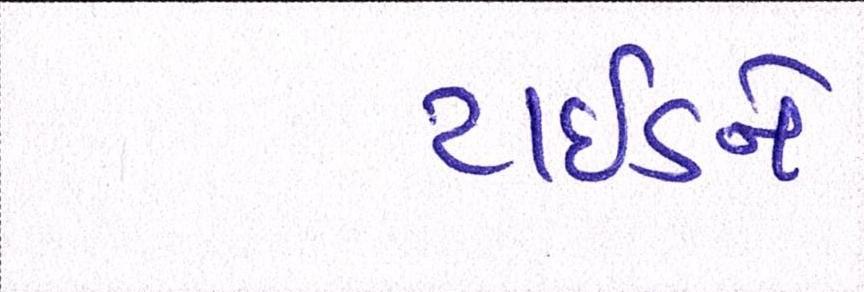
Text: ટાઈડને